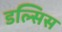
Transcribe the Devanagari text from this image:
डल्सिस